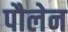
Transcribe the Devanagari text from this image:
पौलेन